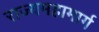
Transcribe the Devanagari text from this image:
राज्यमहामार्ग